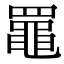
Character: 𦌡